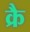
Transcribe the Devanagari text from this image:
क्रै